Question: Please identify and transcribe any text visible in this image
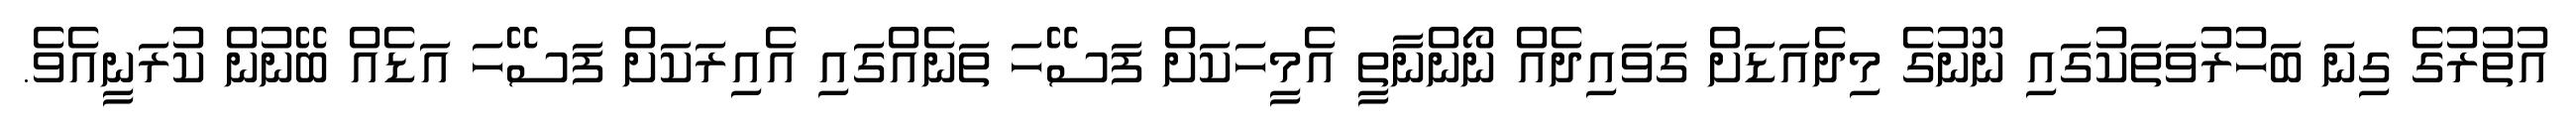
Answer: އުތުރުގެ ގިނަ ބަހުރުވަތަކުގައި ނޫނުގެ މިދެއަޑަށް ގަވައިދެއް ނޯންނާތީ އެމީހަކަށް ފަސޭހަ ތަނެއްގައި އެއިރަކަށް ފަސޭހަ އަޑެއް ބޭނުން ކުރަނީއެވެ.